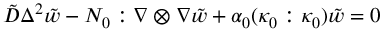
\tilde { D } \Delta ^ { 2 } \tilde { w } - \boldsymbol { { N _ { 0 } } } : \nabla \otimes \nabla \tilde { w } + \alpha _ { 0 } ( \kappa _ { 0 } : \kappa _ { 0 } ) \tilde { w } = 0